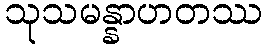
သုသမန္နာဟတဿ